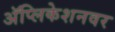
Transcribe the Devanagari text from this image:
अॅप्लिकेशनवर